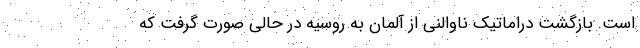
است. بازگشت دراماتیک ناوالنی از آلمان به روسیه در حالی صورت گرفت که